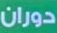
دوران